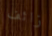
زائف